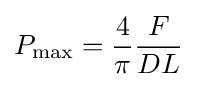
P_{\max }={\frac {4}{\pi }}{\frac {F}{DL}}